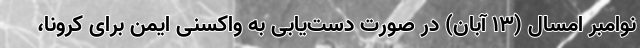
نوامبر امسال (13 آبان) در صورت دست‌یابی به واکسنی ایمن برای کرونا،